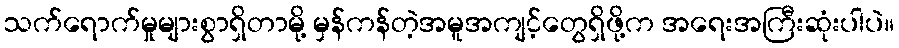
သက်ရောက်မှုများစွာရှိတာမို့ မှန်ကန်တဲ့အမူအကျင့်တွေရှိဖို့က အရေးအကြီးဆုံးပါပဲ။